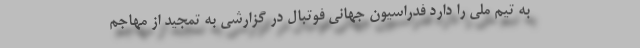
به تیم ملی را دارد فدراسیون جهانی فوتبال در گزارشی به تمجید از مهاجم